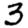
Digit: 3